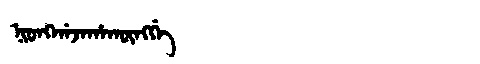
Manchu: ᠨᡳᠣᠩᡤᠠᠵᠠᡥᠠᡴᡡᠩᡤᡝ
Romanization: NIONGGAJAHAKŪNGGE